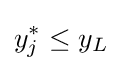
y_{j}^{*}\leq y_{L}